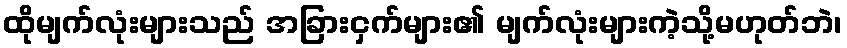
ထိုမျက်လုံးများသည် အခြားငှက်များ၏ မျက်လုံးများကဲ့သို့မဟုတ်ဘဲ၊